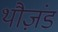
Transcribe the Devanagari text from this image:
थौज़ंड